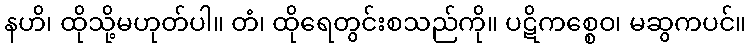
နဟိ၊ ထိုသို့မဟုတ်ပါ။ တံ၊ ထိုရေတွင်းစသည်ကို။ ပဋိကစ္စေဝ၊ မဆွကပင်။